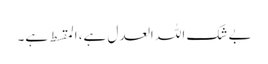
بے شک اللہ العدل ہے، المقسط ہے۔